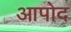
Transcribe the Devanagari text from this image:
आपोद